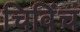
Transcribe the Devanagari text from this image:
चिविंच